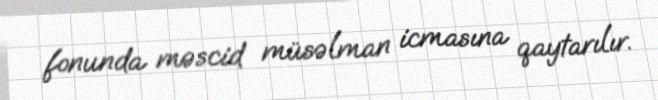
fonunda məscid müsəlman icmasına qaytarılır.